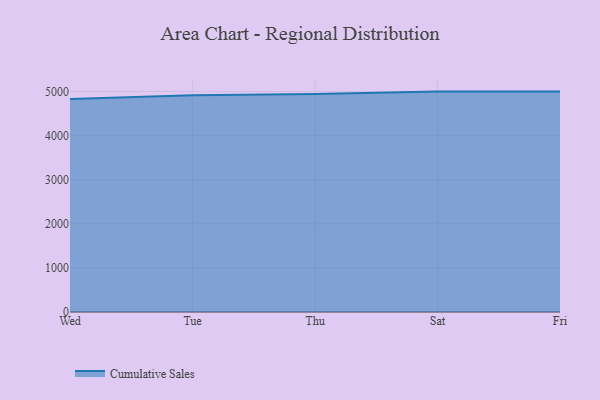
{"axis": {"x": "Day", "y": "Latency (ms)"}, "legend": ["Cumulative Sales"], "data": [{"x": "Wed", "y": 4834.6, "type": "Cumulative Sales"}, {"x": "Tue", "y": 4919.2, "type": "Cumulative Sales"}, {"x": "Thu", "y": 4947.9, "type": "Cumulative Sales"}, {"x": "Sat", "y": 5000, "type": "Cumulative Sales"}, {"x": "Fri", "y": 5000, "type": "Cumulative Sales"}]}